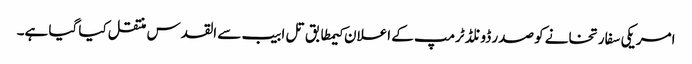
امریکی سفارتخانے کو صدر ڈونلڈ ٹرمپ کے اعلان کیمطابق تل ابیب سے القدس منتقل کیا گیا ہے۔